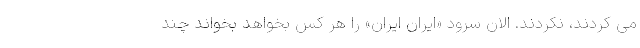
می کردند، نکردند. الان سرود «ایران ایران» را هر کس بخواهد بخواند چند